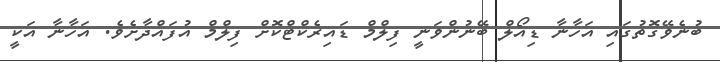
ބުނެވޭގޮތުގައި އަހާނާ ޑިއޯލް ބޭނުންވަނީ ފިލްމް ޑައިރެކްޓްކޮށް ފިލްމް އުފައްދާށެވެ. އަހާނާ އަކީ